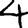
Digit: 4